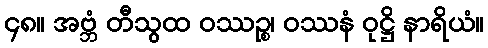
၄၈။ အဗ္ဘံ တီသွထ ဝဿဉ္စ၊ ဝဿနံ ဝုဋ္ဌိ နာရိယံ။